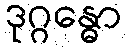
ဒုဂ္ဂန္ဓော